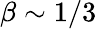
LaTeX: \beta\sim 1/3